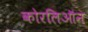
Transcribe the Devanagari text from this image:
कोरलिऑन